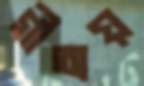
গীতায়